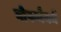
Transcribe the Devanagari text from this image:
गोफमैनमें